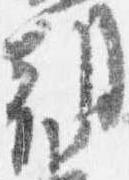
朝